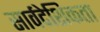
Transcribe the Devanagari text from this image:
सार्वदेशिकता